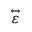
\stackrel { \leftrightarrow } { \varepsilon }